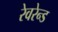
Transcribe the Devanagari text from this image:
रेवरेन्ड